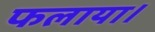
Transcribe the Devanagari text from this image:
फलाया।